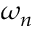
\omega _ { n }